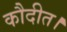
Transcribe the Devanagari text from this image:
कौदीत।